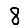
Digit: 8